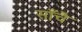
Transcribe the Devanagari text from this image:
साँचै